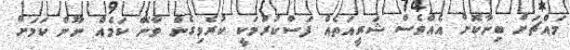
މައްޗަށް ބިނާކޮށް އެއްވެސް ޝަރީއަތެއް ފަސްކުރުމަކީ ކުރެވިގެން ވާނޭ ކަމެއް ނޫން ކަމަށް